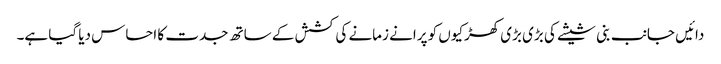
دائیں جانب بنی شیشے کی بڑی بڑی کھڑکیوں کو پرانے زمانے کی کشش کے ساتھ جدت کا احساس دیا گیا ہے۔